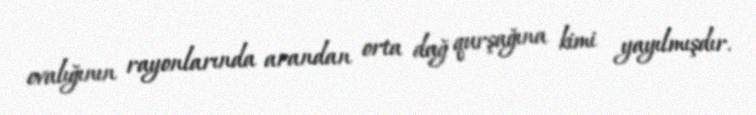
ovalığının rayonlarında arandan orta dağ qurşağına kimi yayılmışdır.